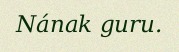
Nának guru.